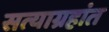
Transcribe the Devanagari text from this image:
सत्याग्रहांत